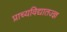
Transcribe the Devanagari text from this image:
प्राच्यविद्यातज्‍ज्ञ